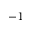
- 1